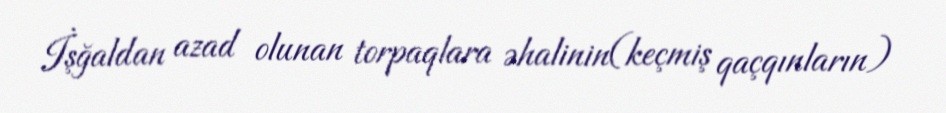
İşğaldan azad olunan torpaqlara əhalinin(keçmiş qaçqınların)